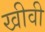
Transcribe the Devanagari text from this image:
खीवी